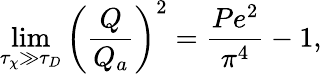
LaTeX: \operatorname*{lim}_{\tau_{\chi}\gg\tau_{D}}\left(\frac{Q}{Q_{a}}\right)^{2}=\frac{Pe^{2}}{\pi^{4}}-1,